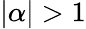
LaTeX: |\alpha|>1